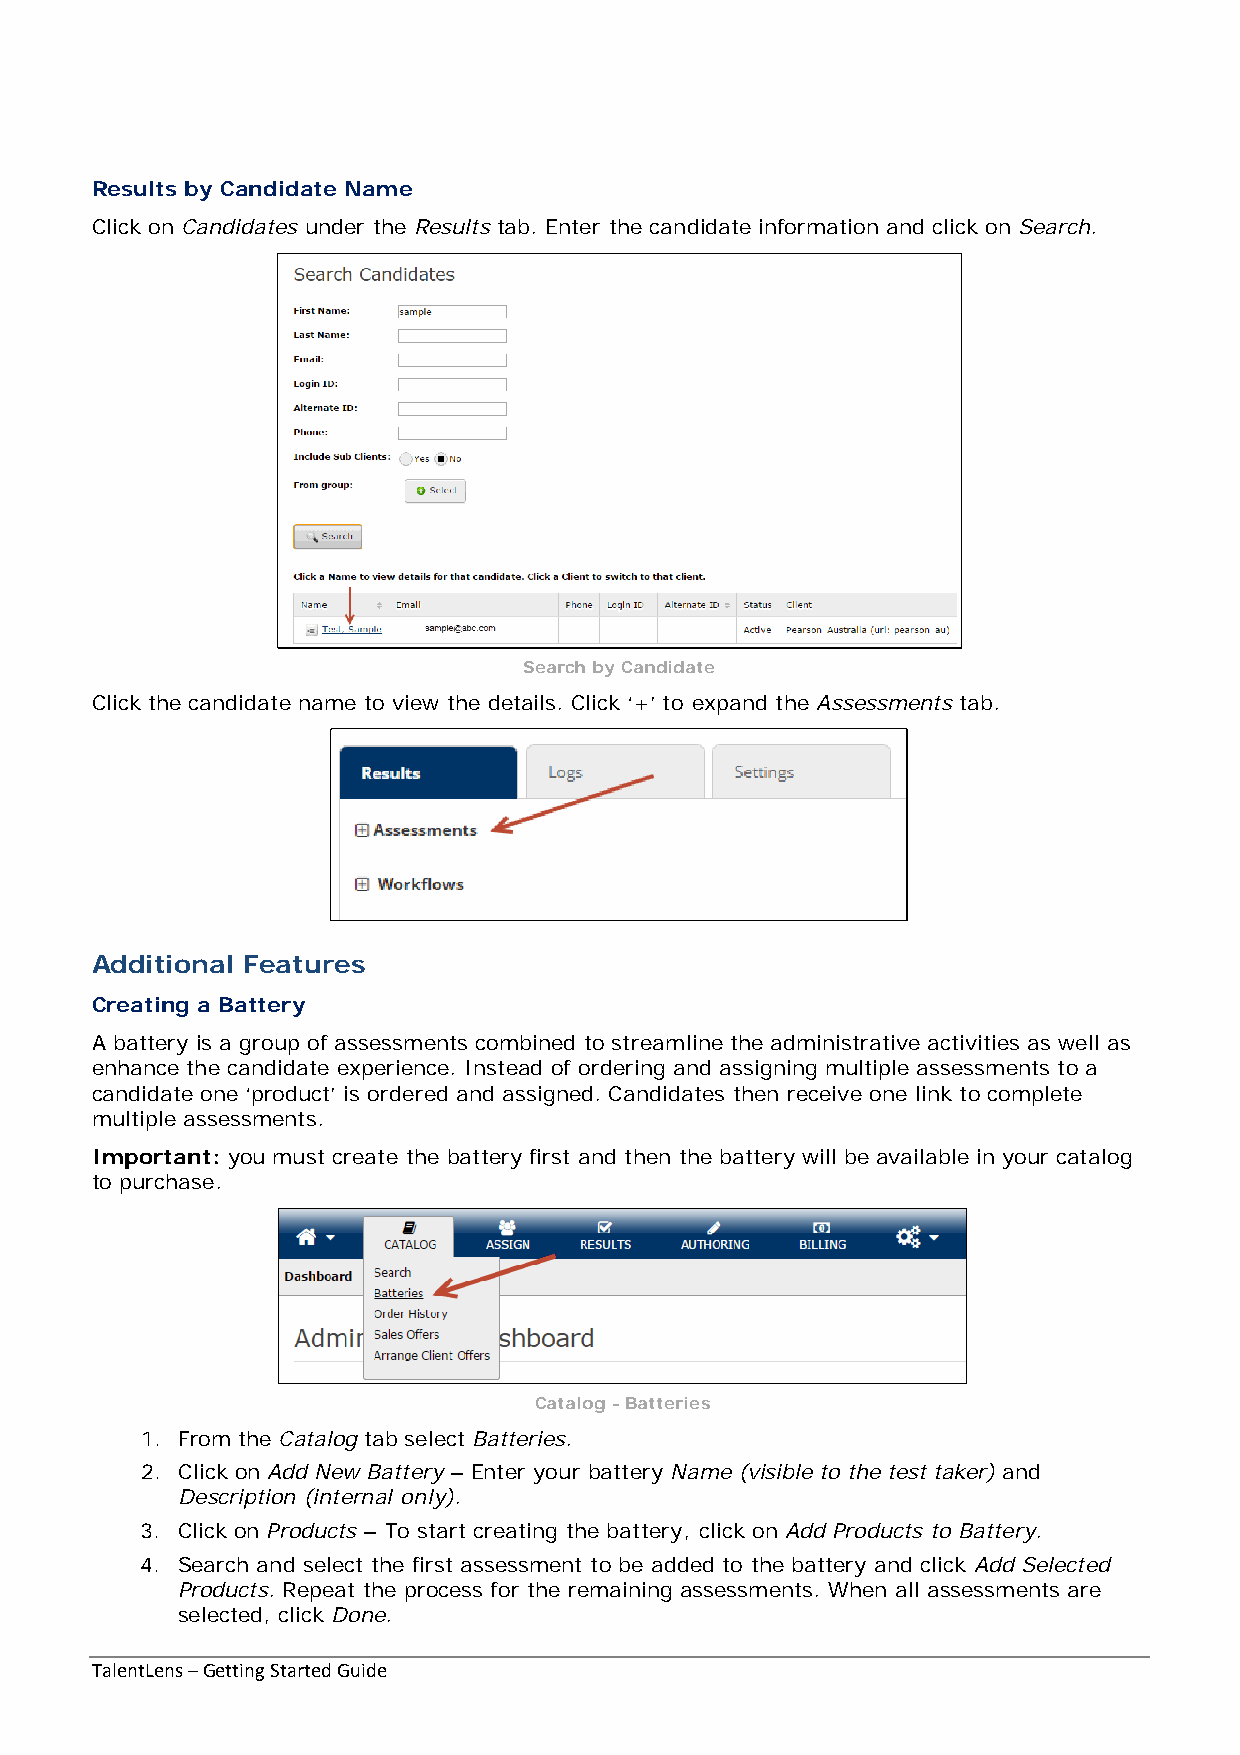
Results by Candidate Name
 Click on Candidates under the Results tab. Enter the candidate information and click on Search.
 Search by Candidate
 Click the candidate name to view the details. Click ‘+’ to expand the Assessments tab.
 Additional Features
 Creating a Battery
 A battery is a group of assessments combined to streamline the administrative activities as well as
 enhance the candidate experience. Instead of ordering and assigning multiple assessments to a
 candidate one ‘product’ is ordered and assigned. Candidates then receive one link to complete
 multiple assessments.
 Important: you must create the battery first and then the battery will be available in your catalog
 to purchase.
 Catalog - Batteries
 1. From the Catalog tab select Batteries.
 2. Click on Add New Battery – Enter your battery Name (visible to the test taker) and
 Description (internal only).
 3. Click on Products – To start creating the battery, click on Add Products to Battery.
 4. Search and select the first assessment to be added to the battery and click Add Selected
 Products. Repeat the process for the remaining assessments. When all assessments are
 selected, click Done.
 TalentLens – Getting Started Guide